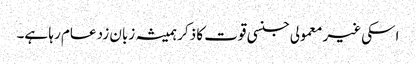
اسکی غیر معمولی جنسی قوت کا ذکر ہمیشہ زبان زد عام رہا ہے۔